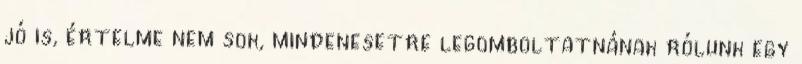
jó is, értelme nem sok, mindenesetre legomboltatnának rólunk egy